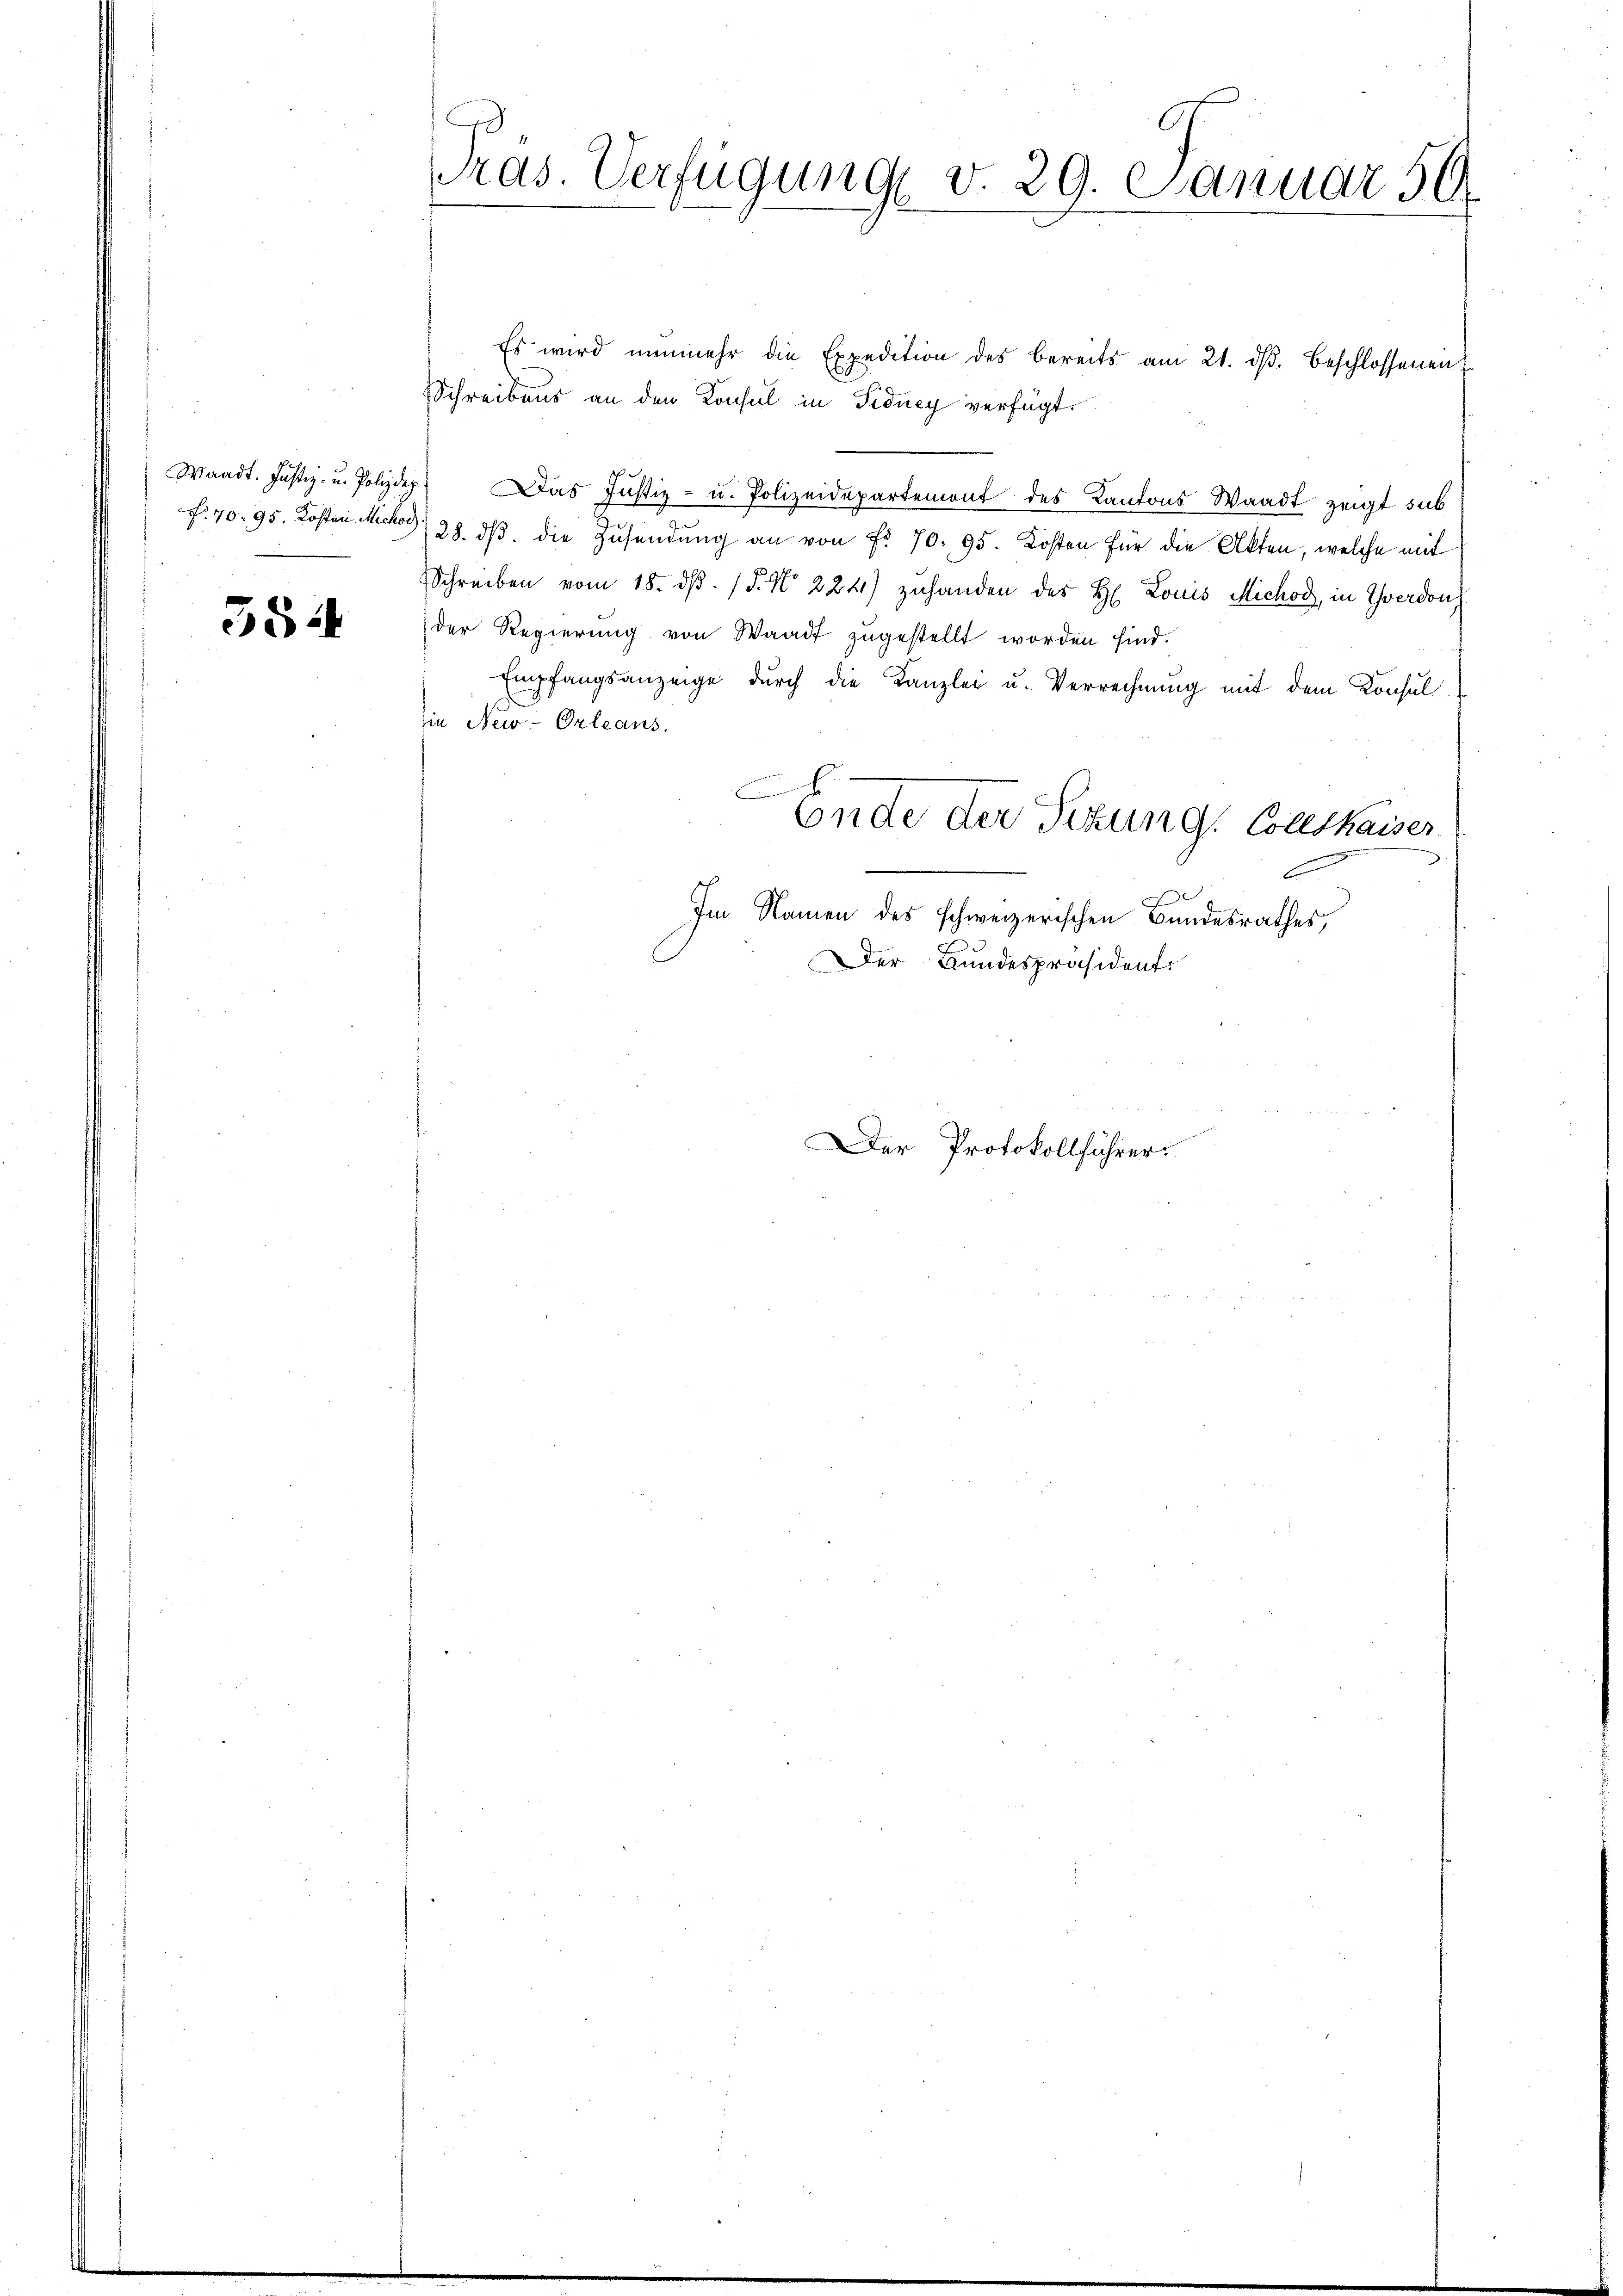
No. 70. 95. Kosten Michor

554

Pras. Verfügung v. 29. Januar 59

Es wird nunmehr die Expedition des bereits am 21. dβ beschlossenen
Schreibens an den Konsul in Sidney verfügt
Waadt. Justiz- u. Polizdep. Das Justiz- u. Polizeidepartemont des Kantons Waadt zeigt sub
28. dβ. die Zusendŭng an von Fr. 70. 95. Kosten für die Akten, welche mit
Schreiben vom 18. dβ. P. Nr. 2241) zŭhanden des H. Louis Michod, in Yverdon,
der Regierŭng von Waadt zŭgestellt worden sind.
Empfangsanzeige durch die Kanzlei u. Verrechnung mit dem Konsul
in New-Orleans.
C
Ende der Sitzung. Collskaiser
6
Im Namen des schweizerischen Bundesrathes,
Der Bundespräsident:
Der Protokollführer